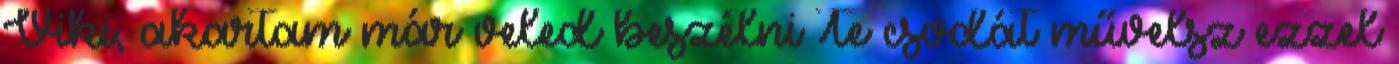
Viki, akartam már veled beszélni Te csodát művelsz ezzel